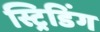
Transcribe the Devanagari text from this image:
स्ट्रिडिंग